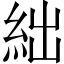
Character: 絀